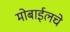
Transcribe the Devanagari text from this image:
मोबाईलचे